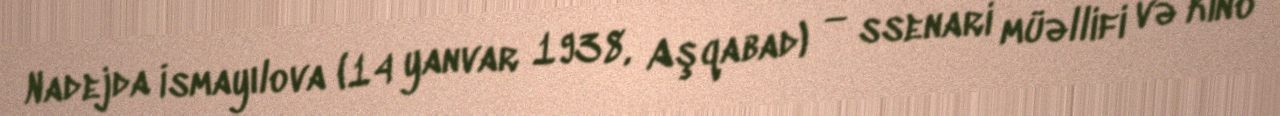
Nadejda İsmayılova (14 yanvar 1938, Aşqabad) — ssenari müəllifi və kino